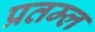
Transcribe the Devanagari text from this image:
प्रतम्ल